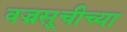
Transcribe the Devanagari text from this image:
वज्रसूचीच्या